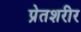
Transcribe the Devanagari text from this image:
प्रेतशरीर